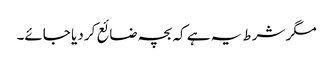
مگر شرط یہ ہے کہ بچہ ضائع کر دیا جائے۔